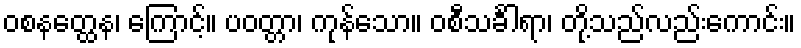
ဝစနတ္ထေန၊ ကြောင့်။ ပဝတ္တာ၊ ကုန်သော။ ဝစီသင်္ခါရာ၊ တို့သည်လည်းကောင်း။